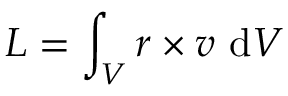
\boldsymbol { L } = \int _ { V } \boldsymbol { r } \times \boldsymbol { v } \ \mathrm { d } V